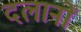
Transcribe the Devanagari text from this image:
दलानों